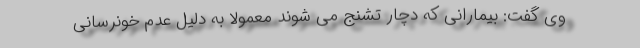
وی گفت: بیمارانی که دچار تشنج می شوند معمولا به دلیل عدم خونرسانی